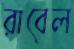
রাবেল